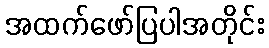
အထက်ဖော်ပြပါအတိုင်း